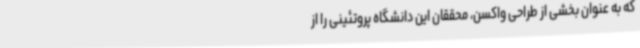
که به عنوان بخشی از طراحی واکسن، محققان این دانشگاه پروتئینی را از